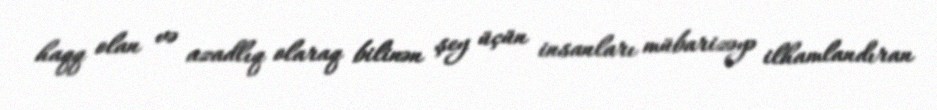
haqq olan və azadlıq olaraq bilinən şey üçün insanları mübarizəyə ilhamlandıran